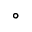
^ \circ